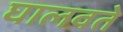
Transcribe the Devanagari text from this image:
घालवते